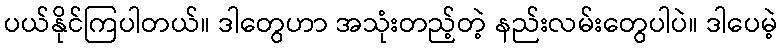
ပယ်နိုင်ကြပါတယ်။ ဒါတွေဟာ အသုံးတည့်တဲ့ နည်းလမ်းတွေပါပဲ။ ဒါပေမဲ့